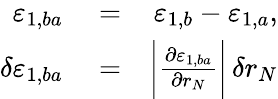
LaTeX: \begin{array}{rlr}{\varepsilon_{1,ba}}&{{}=}&{\varepsilon_{1,b}-\varepsilon_{1,a},}\\ {\delta\varepsilon_{1,ba}}&{{}=}&{\bigg|\frac{\partial\varepsilon_{1,ba}}{\partial r_{N}}\bigg|\, \delta r_{N}}\end{array}